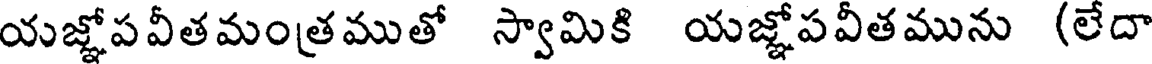
యజ్ఞోపవీతమంత్రముతో స్వామికి యజ్ఞోపవీతమును (లేదా